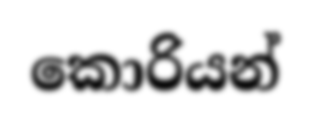
කොරියන්